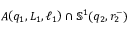
A \! \left( q _ { 1 } , L _ { 1 } , \ell _ { 1 } \right) \cap \mathbb { S } ^ { 1 } ( q _ { 2 } , r _ { 2 } ^ { - } )